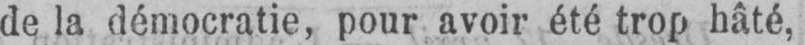
de la démocratie, pour avoir été trop hâté,